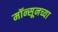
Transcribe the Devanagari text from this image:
मॉन्सूनच्या